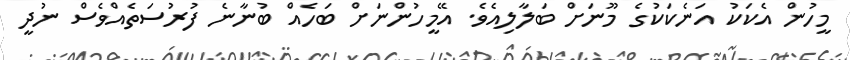
މީހުން އެކަކު އަނެކަކުގެ މޫނަށް ބަލާލިއެވެ. އޭމީހުންނަށް ބަހެއް ބުނާނެ ފުރުސަތެއްވެސް ނުދީ